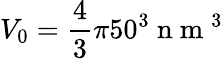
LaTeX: V_{0}=\frac{4}{3}\pi 50^{3}\mathrm{~n~m~}^{3}